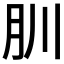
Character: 𦘶